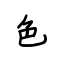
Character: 色